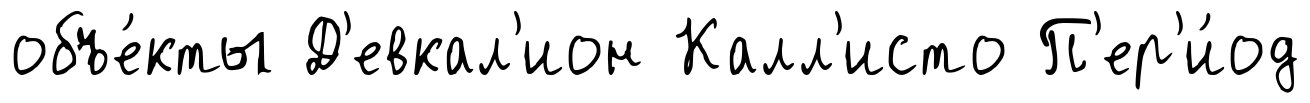
объе́кты Д'евкал'ион Калл'исто П'ер'и́од